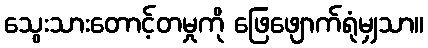
သွေးသားတောင့်တမှုကို ဖြေဖျောက်ရုံမျှသာ။